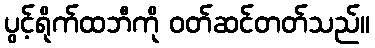
ပွင့်ရိုက်ထဘီကို ဝတ်ဆင်တတ်သည်။